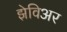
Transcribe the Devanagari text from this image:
झेविअर